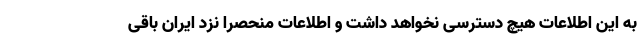
به این اطلاعات هیچ دسترسی نخواهد داشت و اطلاعات منحصرا نزد ایران باقی